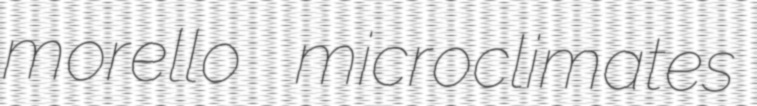
morello microclimates